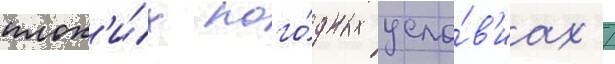
плох'и́х пого́дных усло́в'иах /